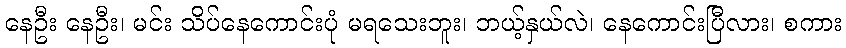
နေဦး နေဦး၊ မင်း သိပ်နေကောင်းပုံ မရသေးဘူး၊ ဘယ့်နှယ်လဲ၊ နေကောင်းပြီလား၊ စကား